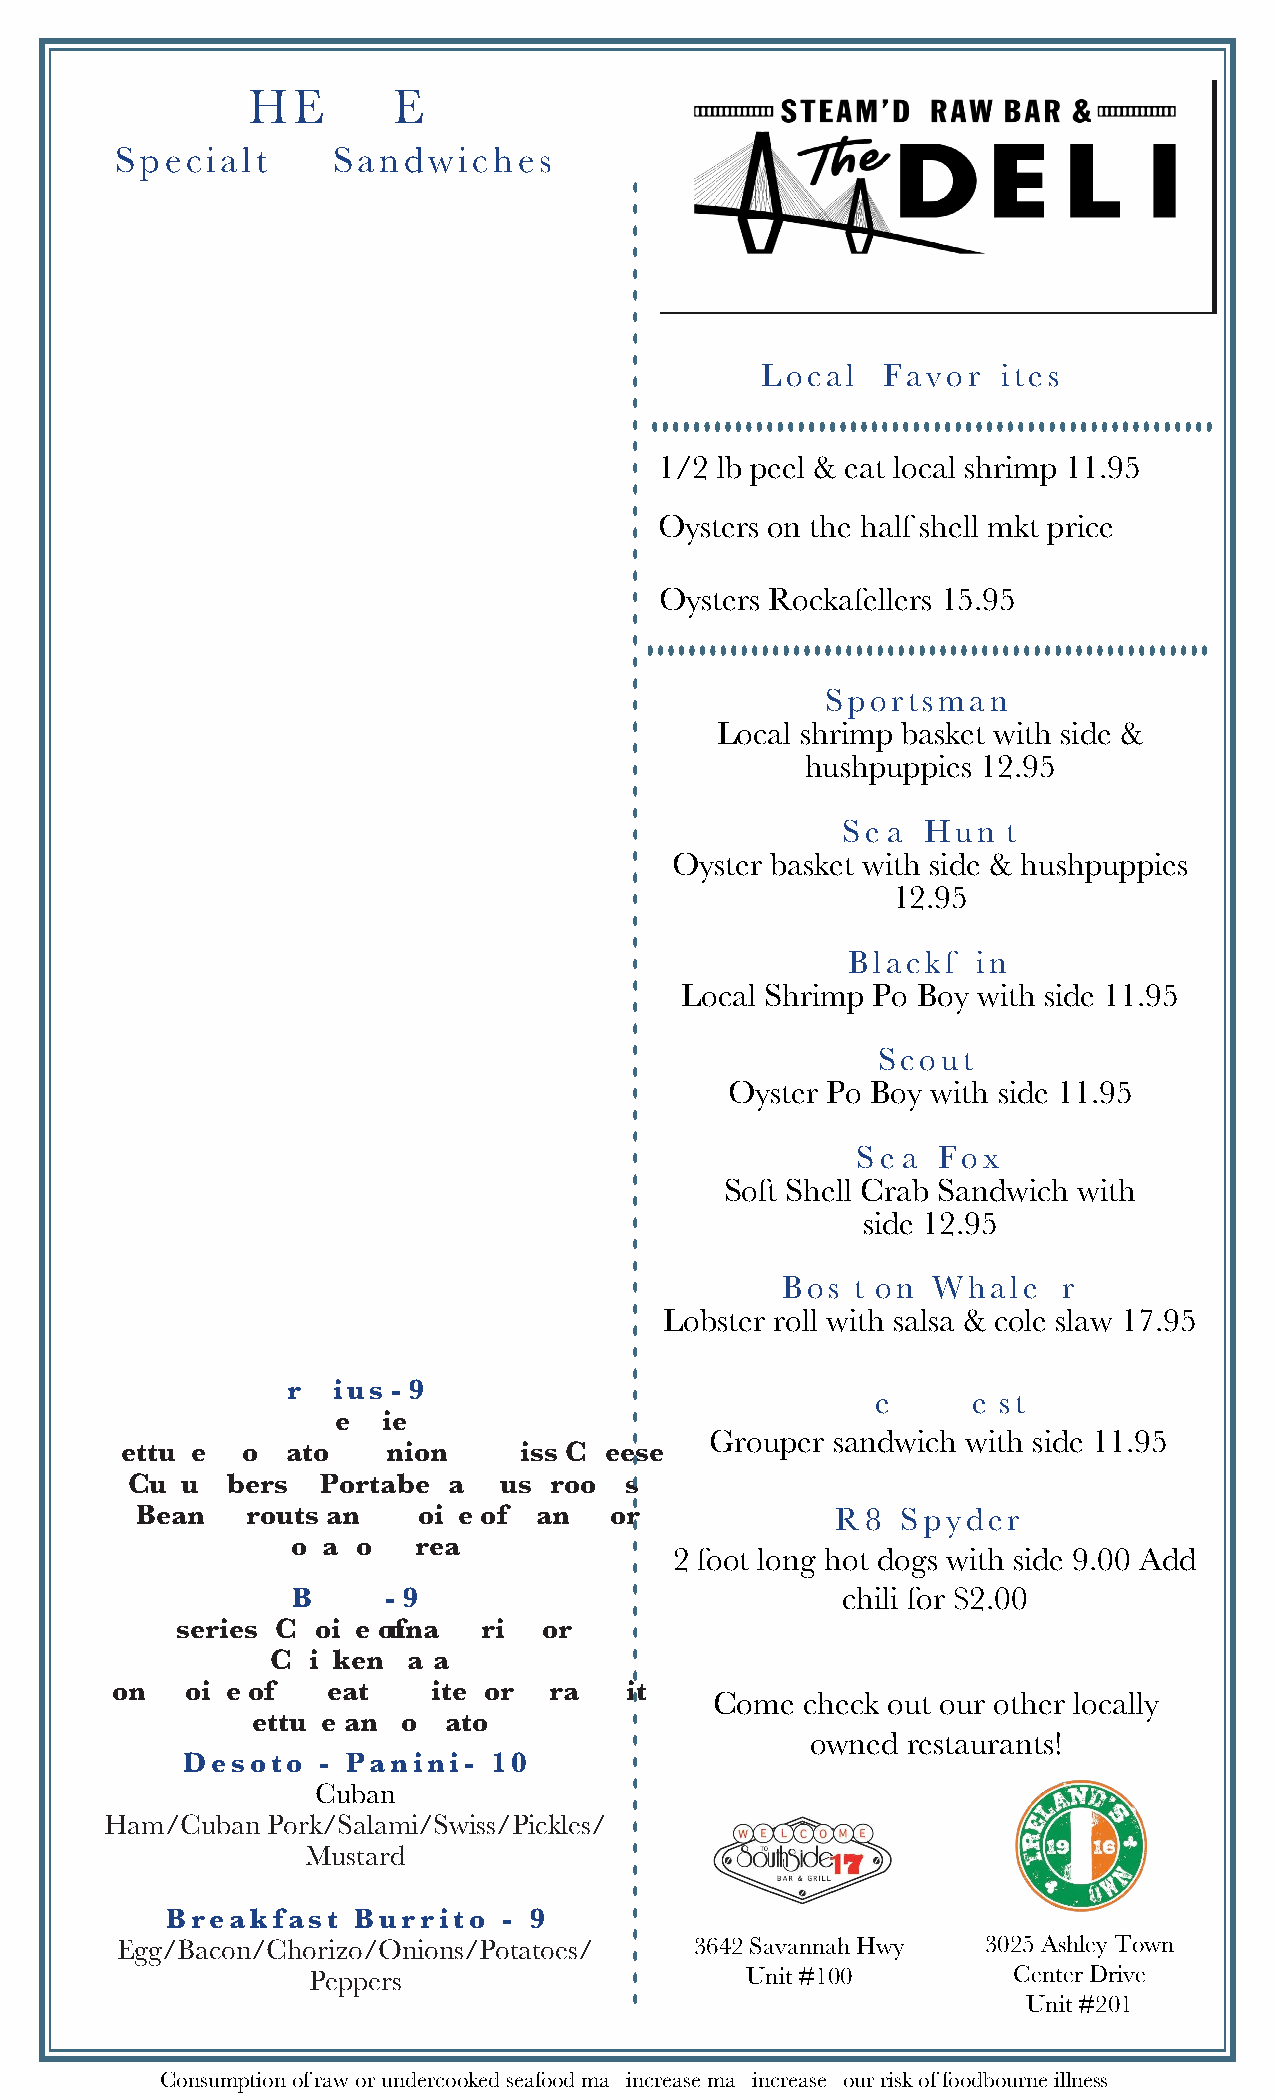
THE      DELI
 Specialty     Sandwiches
 F errar i
 Chicken Parm: 9
 fried chicken / marinara
 El  Camin   o
 Chicken Philly: 9
 Onions / Peppers / Provolone          Local   Favorites
 Sh elby
 Steak Philly: 10          1 /2 lb peel & eat local shrimp 11.95
 Onion / Peppers / Provolone
 Oysters on the half shell mkt price
 Lambo
 Meatball Sub: 10
 Provolone / Parmesan Cheese / Marinara Oysters Rockafellers 15.95
 Tundra
 Club: 10
 Sportsman
 Ham  / Turkey / Rb / Bacon / Lettuce
 Local shrimp basket with side &
 Tomato / Onion
 hushpuppies 12.95
 Mas  erati
 Italian Sub: 10                       Sea  Hunt
 Salami / Pepperoni / Capicola / Lettuce / Oyster basket with side & hushpuppies
 Tomato Onion / Oil & Vinegar / Salt &              12.95
 Pepper
 Blazer
 Blackfin
 Buffalo Fried Chicken Wrap: 9
 Local Shrimp Po Boy with side 11.95
 Lettuce / Tomato / Onion
 Vette                                 Scout
 White or Wheat
 Oyster Po Boy with side 11.95
 BLT: 9
 Bacon / Lettuce /
 Sea  Fox
 Tomato
 Soft Shell Crab Sandwich with
 Tesla                                side 12.95
 California Veggie: 9
 Hummus  / Pepper Jack Cheese / Roasted
 Bost  on  Whale   r
 Red Pepper Lettuce /
 Lobster roll with salsa & cole slaw 17.95
 Tomato / Avocado Spread
 Pr ius
 Ke  y We  st
 Veggie: 9
 Grouper sandwich with side 11.95
 Lettuce / Tomato / Onion / Swiss Cheese
 Cucumbers / Portabella Mushrooms /
 Bean Sprouts and choice of Ranch or           R8   Spyder
 Avocado Spread
 2 foot long hot dogs with side 9.00 Add
 BMW                                chili for $2.00
 (3 series) Choice of Tuna, Shrimp or
 Chicken Salad
 on choice of Wheat, White, or Wrap with
 Come  check out our other locally
 Lettuce and Tomato - 9
 owned restaurants!
 Desoto   - Panini
 Cuban:10
 Ham/Cuban  Pork/Salami/Swiss/Pickles/
 Mustard
 Breakfast   Burrito   - 9
 Egg/Bacon/Chorizo/Onions/Potatoes/    3642 Savannah Hwy  3025 Ashley Town
 Peppers                      Unit #100         Center Drive
 Unit #201
 ***Consuming raw or undercooked seafood may increase may increase your risk of foodbourne illness***